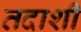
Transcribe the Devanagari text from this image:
तदाशी